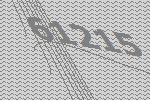
61215